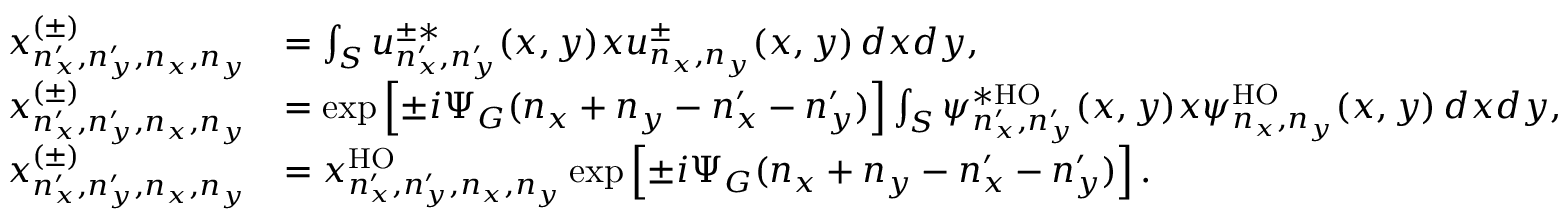
\begin{array} { r l } { x _ { n _ { x } ^ { \prime } , n _ { y } ^ { \prime } , n _ { x } , n _ { y } } ^ { ( \pm ) } } & { = \int _ { S } u _ { n _ { x } ^ { \prime } , n _ { y } ^ { \prime } } ^ { \pm * } ( x , y ) x u _ { n _ { x } , n _ { y } } ^ { \pm } ( x , y ) \, d x d y , } \\ { x _ { n _ { x } ^ { \prime } , n _ { y } ^ { \prime } , n _ { x } , n _ { y } } ^ { ( \pm ) } } & { = \exp \left[ \pm i \Psi _ { G } ( n _ { x } + n _ { y } - n _ { x } ^ { \prime } - n _ { y } ^ { \prime } ) \right] \int _ { S } \psi _ { n _ { x } ^ { \prime } , n _ { y } ^ { \prime } } ^ { * \mathrm { H O } } ( x , y ) x \psi _ { n _ { x } , n _ { y } } ^ { \mathrm { H O } } ( x , y ) \, d x d y , } \\ { x _ { n _ { x } ^ { \prime } , n _ { y } ^ { \prime } , n _ { x } , n _ { y } } ^ { ( \pm ) } } & { = x _ { n _ { x } ^ { \prime } , n _ { y } ^ { \prime } , n _ { x } , n _ { y } } ^ { \mathrm { H O } } \exp \left[ \pm i \Psi _ { G } ( n _ { x } + n _ { y } - n _ { x } ^ { \prime } - n _ { y } ^ { \prime } ) \right] . } \end{array}